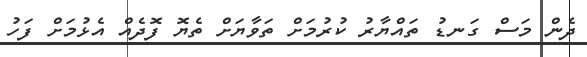
ދެން މަސް ގަނޑު ތައްޔާރު ކުރުމަށް ތަވާޔަށް ތެޔޮ ފޮދެއް އެޅުމަށް ފަހު